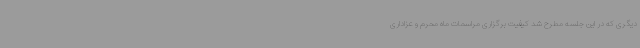
دیگری که در این جلسه مطرح شد کیفیت برگزاری مراسمات ماه محرم و عزاداری